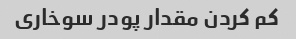
کم کردن مقدار پودر سوخاری